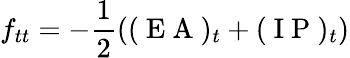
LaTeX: f_{tt}=-\frac{1}{2}((\mathrm{~E~A~})_{t}+(\mathrm{~I~P~})_{t})